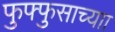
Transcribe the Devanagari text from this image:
फुफ्फुसाच्याा